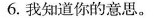
6.我知道你的意思。